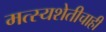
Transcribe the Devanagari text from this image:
मत्स्यशेतीचाही